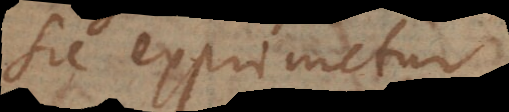
sic exprimetur: